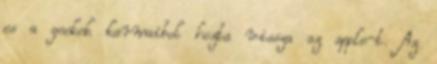
es a geekek karmaibol hozta vissza az apple-t. Az